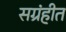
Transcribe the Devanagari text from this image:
सग्रंहीत